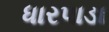
ધારપાડા